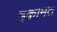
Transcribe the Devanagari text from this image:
इक़ामत